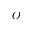
O